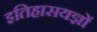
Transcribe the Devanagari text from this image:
इतिहासयज्ञों